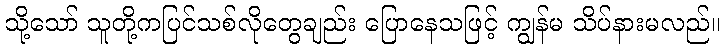
သို့သော် သူတို့ကပြင်သစ်လိုတွေချည်း ပြောနေသဖြင့် ကျွန်မ သိပ်နားမလည်။